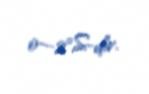
0—2°S-dir.